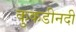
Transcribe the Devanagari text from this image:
कुकडीनदी